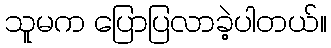
သူမက ပြောပြလာခဲ့ပါတယ်။